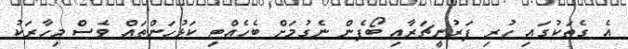
އެ ގެތަކުގައި ހުރި ފަރުނީޗަރާއި ބޯފެން ނެގުމަށް ބެހެއްޓި ކަޅުހަންތައް ވެސް މިހާރަކު